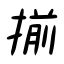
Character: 揃